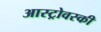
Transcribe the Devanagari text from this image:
आस्ट्रोवस्की